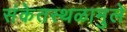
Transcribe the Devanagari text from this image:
संकेतस्थळामुले